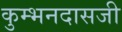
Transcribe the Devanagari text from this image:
कुम्भनदासजी